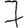
Digit: 7